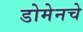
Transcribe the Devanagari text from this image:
डोमेनचे